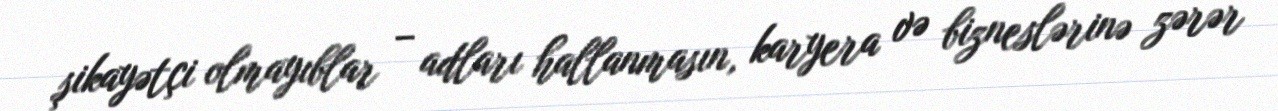
şikayətçi olmayıblar – adları hallanmasın, karyera və bizneslərinə zərər